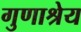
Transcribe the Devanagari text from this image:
गुणाश्रेय